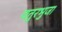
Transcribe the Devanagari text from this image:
चतुरभुजा